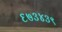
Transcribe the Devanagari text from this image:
६७३४३९